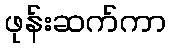
ဖုန်းဆက်ကာ